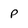
Character: P